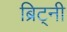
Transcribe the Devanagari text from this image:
ब्रिट्नी